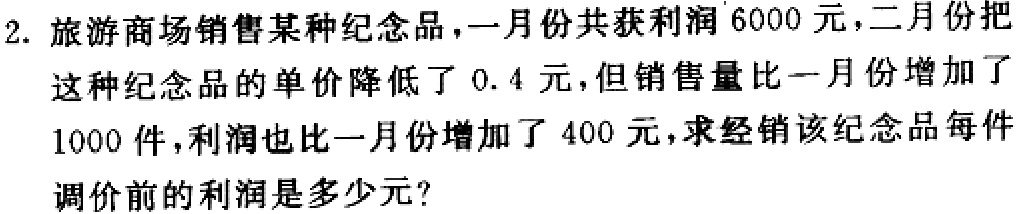
2. 旅游商场销售某种纪念品，一月份共获利润6000元，二月份把这种纪念品的单价降低了0.4元，但销售量比一月份增加了1000件，利润也比一月份增加了400元，求经销该纪念品每件调价前的利润是多少元？